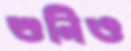
শুনিও